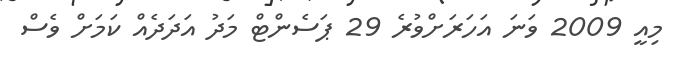
މިއީ 2009 ވަނަ އަހަރަށްވުރެ 29 ޕަސެންޓް މަދު އަދަދެއް ކަމަށް ވެސް